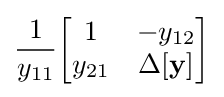
{\frac {1}{y_{11}}}{\begin{bmatrix}1&-y_{12}\\y_{21}&\Delta \mathbf {[y]} \end{bmatrix}}